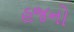
હજનો